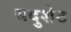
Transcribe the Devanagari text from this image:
यदुशेट